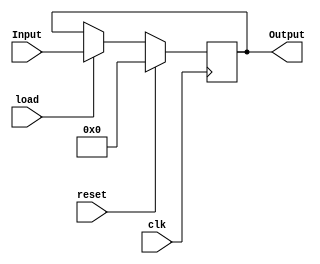
module PC #(
    parameter BOOT_ADDRESS=32'h00000000
)(
    input wire clk,
    input wire load,
    input wire reset,
    input wire [31:0] Input,
    output reg [31:0] Output
);

initial begin
    Output = BOOT_ADDRESS;
end

always @(posedge clk) begin
    if(reset == 1'b1) begin
        Output <= BOOT_ADDRESS;
    end else begin
        if(load == 1'b1) begin
            Output <= Input;
        end
    end 
end

endmodule